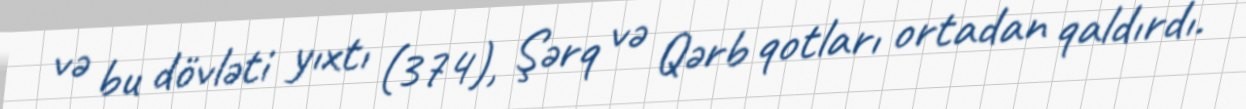
və bu dövləti yıxtı (374), Şərq və Qərb qotları ortadan qaldırdı.